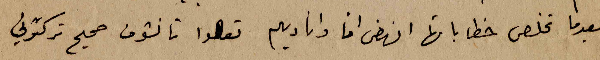
وبعدما تخلص خطاباتها انهض انا واناديهم تعالوا تا نشوف صحيح تركتوني